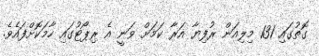
ގޮތުގައި 131 މިލިއަން ރުފިޔާ އަރާ ކަމަށް ވަނީ އެ ރިޕޯޓުގައި ހާމަކޮށްފައެވެ.